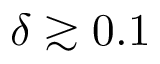
\delta \gtrsim 0 . 1